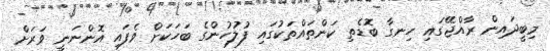
މިބީދައިން ރާއްޖޭގައި ހިނގާ ބޮޑެތި ކަންތައްތަކުގައި ފުލުހުންގެ ބަހަކަށް ވެފައި އޮންނަނީ ވަރަށް